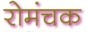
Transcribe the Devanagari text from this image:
रोमंचक